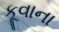
કૂવાના